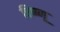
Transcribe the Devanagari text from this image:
विष्ष्णू